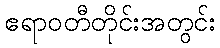
ဧရာဝတီတိုင်းအတွင်း